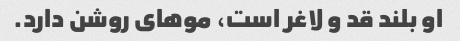
او بلند قد و لاغر است، موهای روشن دارد.